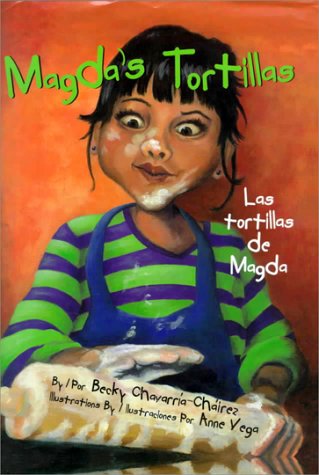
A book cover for Magda's Tortillas / Las Tortillas de Magda; Becky Chavarria-Chairez; Children's Books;